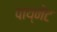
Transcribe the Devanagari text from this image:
पाय्नेंट